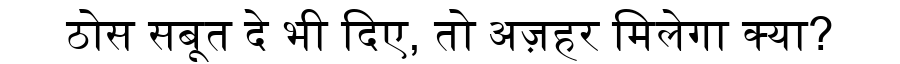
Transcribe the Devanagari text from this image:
ठोस सबूत दे भी दिए, तो अज़हर मिलेगा क्या?